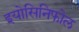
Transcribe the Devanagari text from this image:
इयोसिनिफोल